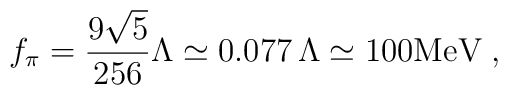
f_\pi = \frac{9 \sqrt{5}}{256} \Lambda \simeq 0.077 \, \Lambda \simeq  100 \mbox{MeV} \; ,